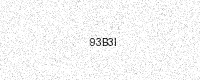
Text: 93B3I